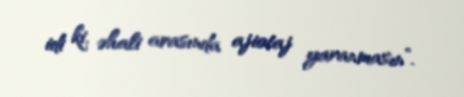
idi ki, əhali arasında ajiotaj yaranmasın”.